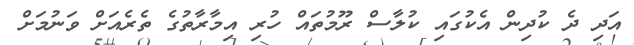
އަދި ދެ ކުދިން އެކުގައި ކުލާސް ރޫމުތައް ހުރި އިމާރާތުގެ ތެރެއަށް ވަނުމަށް